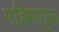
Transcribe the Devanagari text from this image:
महिमायुक्त